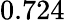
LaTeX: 0.724